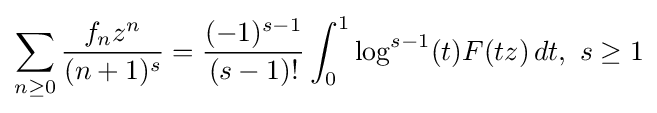
\sum _{n\geq 0}{\frac {f_{n}z^{n}}{(n+1)^{s}}}={\frac {(-1)^{s-1}}{(s-1)!}}\int _{0}^{1}\log ^{s-1}(t)F(tz)\,dt,\ s\geq 1